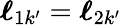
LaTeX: {\boldsymbol{\ell}}_{1k^{\prime}}={\boldsymbol{\ell}}_{2k^{\prime}}